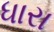
ધારા